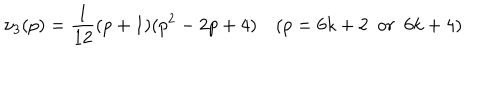
\nu _ { 3 } ( p ) = \frac { 1 } { 1 2 } ( p + 1 ) ( p ^ { 2 } - 2 p + 4 ) ~ ( p = 6 k + 2 ~ ~ o r ~ ~ 6 k + 4 )